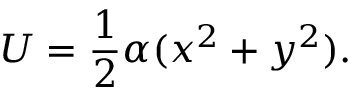
U = \frac { 1 } { 2 } \alpha ( x ^ { 2 } + y ^ { 2 } ) .